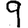
Digit: 9